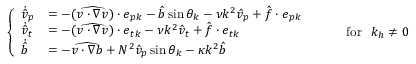
\begin{array} { r } { \left\{ \begin{array} { l l } { \dot { \hat { v } } _ { p } } & { = - ( \widehat { \boldsymbol { v } \cdot \boldsymbol { \nabla } \boldsymbol { v } } ) \cdot \boldsymbol { e } _ { p \boldsymbol { k } } - \hat { b } \sin \theta _ { \boldsymbol { k } } - \nu k ^ { 2 } \hat { v } _ { p } + \hat { \boldsymbol { f } } \cdot \boldsymbol { e } _ { p \boldsymbol { k } } } \\ { \dot { \hat { v } } _ { t } } & { = - ( \widehat { \boldsymbol { v } \cdot \boldsymbol { \nabla } \boldsymbol { v } } ) \cdot \boldsymbol { e } _ { t \boldsymbol { k } } - \nu k ^ { 2 } \hat { v } _ { t } + \hat { \boldsymbol { f } } \cdot \boldsymbol { e } _ { t \boldsymbol { k } } } \\ { \dot { \hat { b } } } & { = - \widehat { \boldsymbol { v } \cdot \boldsymbol { \nabla } b } + N ^ { 2 } \hat { v } _ { p } \sin \theta _ { \boldsymbol { k } } - \kappa k ^ { 2 } \hat { b } } \end{array} \right. ~ ~ ~ ~ ~ ~ ~ ~ \mathrm { f o r ~ } ~ k _ { h } \neq 0 } \end{array}